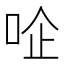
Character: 㖉